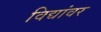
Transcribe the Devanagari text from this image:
विद्यांवर